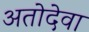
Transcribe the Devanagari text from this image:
अतोदेवा